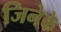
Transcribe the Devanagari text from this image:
जिनेके